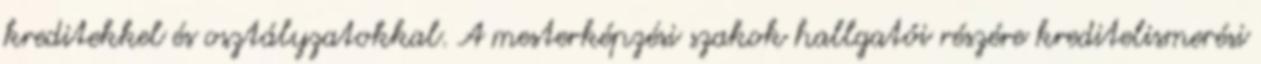
kreditekkel és osztályzatokkal. A mesterképzési szakok hallgatói részére kreditelismerési